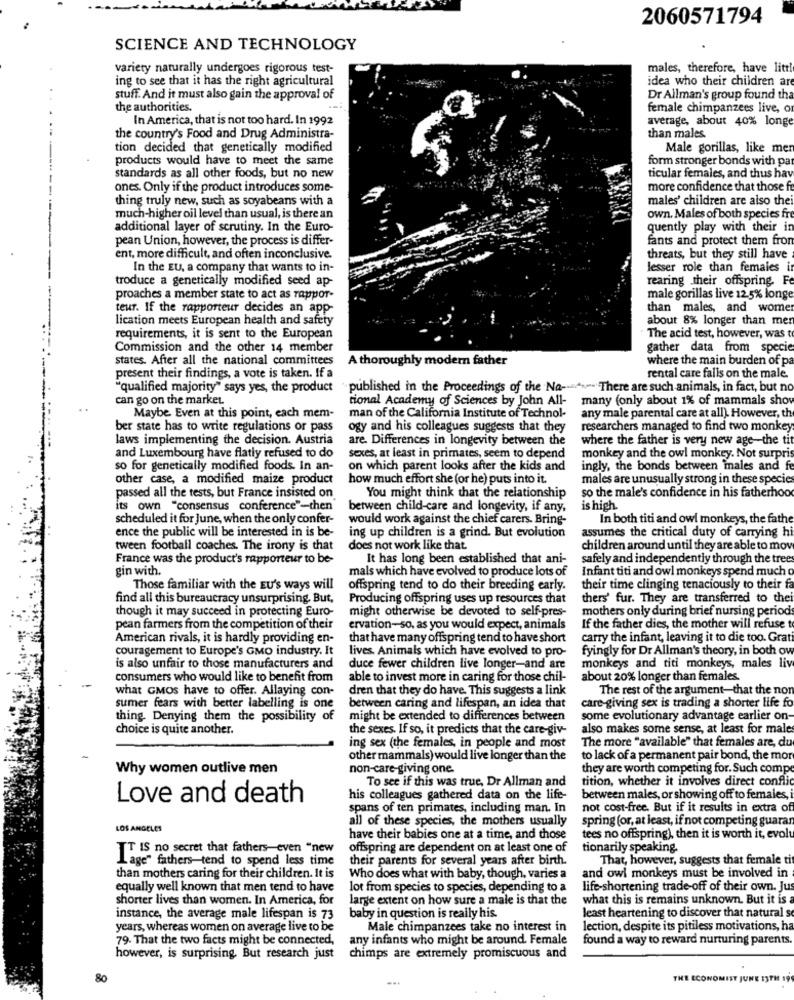
2060571794
SCIENCE AND TECHNOLOGY
variety naturally undergoes rigorous test-
males, therefore, have litt!
ing to see that it has the right agricultural
idea who their children are
stuff. And it must also gain the approval of
Dr Allman's group found tha
the authorities.
female chimpanzees live, o
In America, that is not too hard. In 1992
average, about 40% longe
the country's Food and Drug Administra-
than males.
tion decided that genetically modified
Male gorillas, like mer
products would have to meet the same
form stronger bonds with pa
standards as all other foods, but no new
ticular females, and thus hav
ones. Only if the product introduces some-
more confidence that those f
thing truly new, such as soyabeans with a
males' children are also thei
much-higher oil level than usual, is there an
own. Males of both species fre
additional layer of scrutiny. In the Euro-
quently play with their in
pean Union, however, the process is differ-
fants and protect them from
ent, more difficult, and often inconclusive.
threats, but they still have
In the EU, a company that wants to in-
lesser role than females in
troduce a genetically modified seed ap-
rearing their offspring. Fe
proaches a member state to act as rappor-
male gorillas live 12.5% longe
teur. If the rapporteur decides an app-
than males, and wome
lication meets European health and safety
about 8% longer than men
requirements, it is sent to the European
The acid test, however, was to
Commission and the other 14 member
gather data from specie
states. After all the national committees
A thoroughly modern father
where the main burden of p
present their findings, a vote is taken. If a
rental care falls on the male.
"qualified majority" says yes, the product
published in the Proceedings of the Na->There are such animals, in fact, but no
can go on the market.
tional Academy of Sciences by John All-
many (only about 1% of mammals shov
Maybe Even at this point, each mem-
man of the California Institute of Technol-
any male parental care at all). However, th
ber state has to write regulations or pass
ogy and his colleagues suggests that they
researchers managed to find two monkey
laws implementing the decision. Austria
are. Differences in longevity between the
where the father is very new age-the tit
and Luxembourg have flatly refused to do
sexes, at least in primates, seem to depend
monkey and the owl monkey. Not surpris
so for genetically modified foods. In an-
on which parent looks after the kids and
ingly, the bonds between males and f
other case, a modified maize product
how much effort she (or he) puts into it.
males are unusually strong in these specie
so the male's confidence in his fatherhood
passed all the tests, but France insisted on
You might think that the relationship
its own "consensus conference"-then
between child-care and longevity, if any,
is high.
scheduled it for June, when the only confer-
would work against the chief carers. Bring-
In both titi and owl monkeys, the fathe
ence the public will be interested in is be-
ing up children is a grind. But evolution
assumes the critical duty of carrying hi
tween football coaches. The irony is that
does not work like that.
children around until they are able to mov
France was the product's rapporteur to be-
It has long been established that ani-
safely and independently through the tree
gin with.
mals which have evolved to produce lots of
Infant titi and owl monkeys spend much o
Those familiar with the EU's ways will
offspring tend to do their breeding early.
their time clinging tenaciously to their fa
find all this bureaucracy unsurprising. But,
Producing offspring uses up resources that
thers' fur. They are transferred to the
though it may succeed in protecting Euro-
might otherwise be devoted to self-pres-
mothers only during brief nursing period
pean farmers from the competition of their
ervation-so, as you would expect, animals
If the father dies, the mother will refuse to
American rivals, it is hardly providing en-
that have many offspring tend to have short
carry the infant, leaving it to die too. Grat
couragement to Europe's GMo industry. It
lives. Animals which have evolved to pro-
fyingly for Dr Allman's theory, in both ov
is also unfair to those manufacturers and
duce fewer children live longer-and are
monkeys and titi monkeys, males liv
consumers who would like to benefit from
able to invest more in caring for those chil-
about 20% longer than females.
what GMOS have to offer. Allaying con-
dren that they do have. This suggests a link
The rest of the argument-that the nos
care-giving sex is trading a shorter life fo
sumer fears with better labelling is one
between caring and lifespan, an idea that
thing. Denying them the possibility of
might be extended to differences between
some evolutionary advantage earlier on-
choice is quite another.
the sexes. If so, it predicts that the care-giv-
also makes some sense, at least for males
The more "available" that females are, du
ing sex (the females, in people and most
other mammals) would live longer than the
to lack of a permanent pair bond, the mor
Why women outlive men
non-care-giving one.
they are worth competing for. Such compe
To see if this was true, Dr Allman and
tition, whether it involves direct conflic
Love and death
his colleagues gathered data on the life-
between males, or showing off to females,
spans of ten primates, including man. In
not cost-free. But if it results in extra of
all of these species, the mothers usually
spring (or, at least, if not competing guarar
LOS ANGELES
have their babies one at a time, and those
tees no offspring), then it is worth it, evol
TT IS no secret that fathers-even "new
offspring are dependent on at least one of
tionarily speaking.
Lage" fathers-tend to spend less time
their parents for several years after birth.
That, however, suggests that female ti
than mothers caring for their children. It is
Who does what with baby, though, varies a
and owl monkeys must be involved in
equally well known that men tend to have
lot from species to species, depending to a
life-shortening trade-off of their own. Jus
shorter lives than women. In America, for
large extent on how sure a male is that the
what this is remains unknown. But it is a
instance, the average male lifespan is 73
baby in question is really his.
least heartening to discover that natural s
years, whereas women on average live to be
Male chimpanzees take no interest in
lection, despite its pitiless motivations, ha
79. That the two facts might be connected,
any infants who might be around. Female
found a way to reward nurturing parents.
however, is surprising. But research just
chimps are extremely promiscuous and
80
THE ECONOMIST JUNE ISTHE 19